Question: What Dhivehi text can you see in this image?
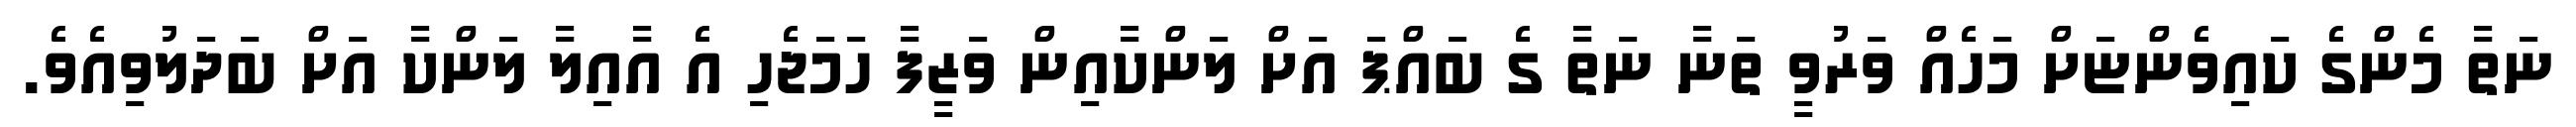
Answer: ނަތާ މެންގެ ކައިވެންޏަށް މަހެއް ވަރުވީ ތަނާ ނަތާ ގެ ބައްޕަ އަށް ލަންކާއިން ވަޒީފާ ހަމަޖެހި އެ އާއިލާ ލަންކާ އަށް ބަދަލުވިއެވެ.